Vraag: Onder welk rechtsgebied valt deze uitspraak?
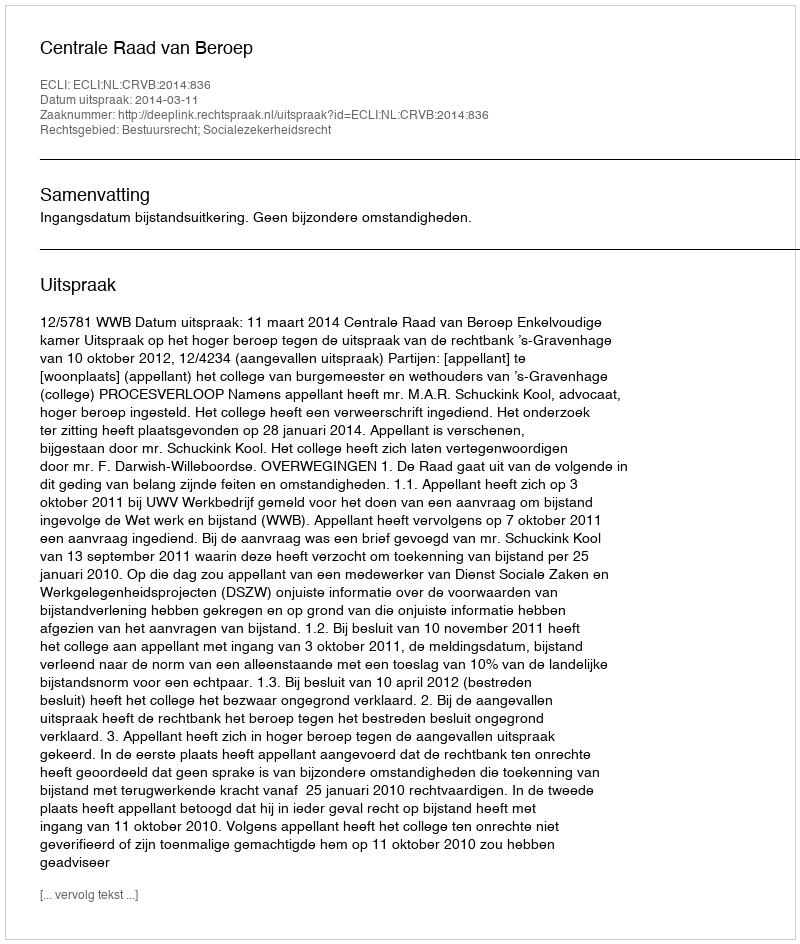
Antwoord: Bestuursrecht; Socialezekerheidsrecht